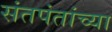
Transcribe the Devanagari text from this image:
संतपंतांच्या